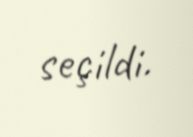
seçildi.